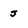
Character: j